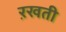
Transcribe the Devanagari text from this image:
ऱखती